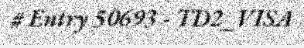
# Entry 50693 - TD2_VISA